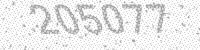
Solution: 205077